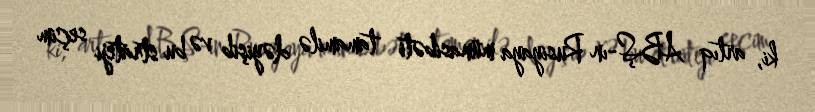
ki, artıq ABŞ-ın Rusiyaya münasibəti tamamilə dəyişib və bu strateji seçim